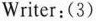
Writer:(3)